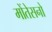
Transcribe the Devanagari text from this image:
मोंतेसनो